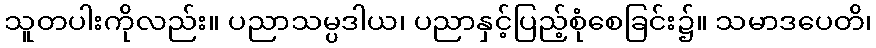
သူတပါးကိုလည်း။ ပညာသမ္ပဒါယ၊ ပညာနှင့်ပြည့်စုံစေခြင်း၌။ သမာဒပေတိ၊